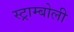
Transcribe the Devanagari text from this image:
स्ट्राम्बोली